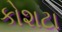
કોશટા